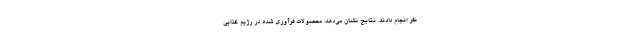
نفر انجام دادند. نتایج نشان می‌دهد، محصولات فرآوری شده در رژیم غذایی